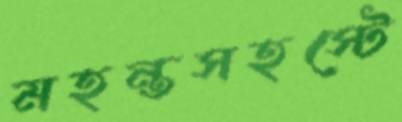
মহন্তসহস্টে